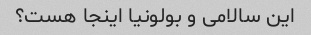
این سالامی و بولونیا اینجا هست؟